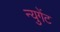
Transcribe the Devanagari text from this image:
न्युगेंट